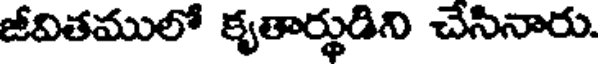
జీవితములో కృతార్థుడిని చేసినారు.